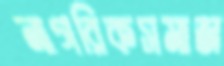
নাগরিকসমাজ